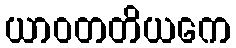
ယာဝတတိယကေ